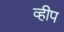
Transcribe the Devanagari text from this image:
व्हीप